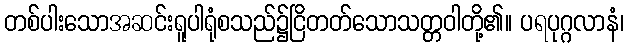
တစ်ပါးသောအဆင်းရူပါရုံစသည်၌ငြိတတ်သောသတ္တဝါတို့၏။ ပရပုဂ္ဂလာနံ၊